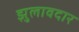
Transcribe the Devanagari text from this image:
झुलावदार